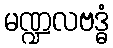
မဏ္ဍလဗဒ္ဓံ